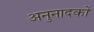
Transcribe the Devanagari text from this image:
अनुनादकों